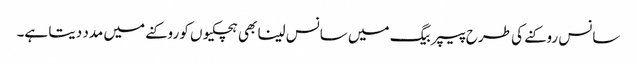
سانس روکنے کی طرح پیپر بیگ میں سانس لینا بھی ہچکیوں کو روکنے میں مدد دیتا ہے۔